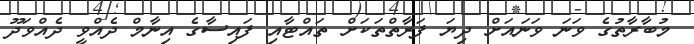
މުބާރާތުގެ ވަނަ ވަނައަށް ދިޔަ ފަރާތްތަކަށް ތައްޓާއި ފައިސާގެ އިނާމް ދެއްވީ ދެއްވަދޫ